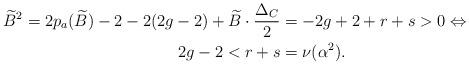
LaTeX: \begin{align*}\widetilde{B}^2=2p_a(\widetilde{B})-2-2(2g-2)+\widetilde{B}\cdot \frac{\Delta_C}{2}&=-2g+2+r+s>0 \Leftrightarrow \\ 2g-2<r+s&=\nu(\alpha^2).\end{align*}